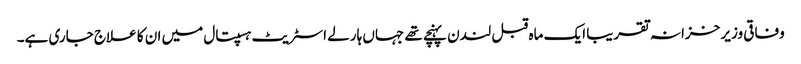
وفاقی وزیر خزانہ تقریبا ایک ماہ قبل لندن پہنچے تھے جہاں ہارلے اسٹریٹ ہسپتال میں ان کا علاج جاری ہے۔